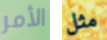
الأمر مثل